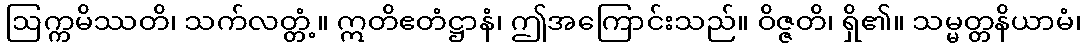
ဩက္ကမိဿတိ၊ သက်လတ္တံ့။ ဣတိဧတံဋ္ဌာနံ၊ ဤအကြောင်းသည်။ ဝိဇ္ဇတိ၊ ရှိ၏။ သမ္မတ္တနိယာမံ၊